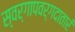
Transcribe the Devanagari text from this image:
स्वर्गापवर्गदातारं